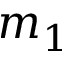
m _ { 1 }